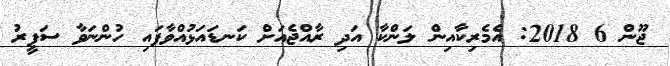
ޖޫން 6 2018: އެމެރިކާއިން ލަންކާ އަދި ރާއްޖެއަށް ކަނޑައަޅުއްވާފައި ހުންނަވާ ސަފީރު